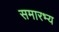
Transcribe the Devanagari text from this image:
समारभ्य